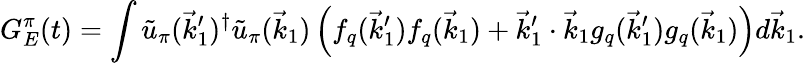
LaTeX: G_{E}^{\pi}(t)=\int\tilde{u}_{\pi}(\vec{k}_{1}^{\prime})^{\dagger}\tilde{u}_{\pi}(\vec{k}_{1})\left(f_{q}(\vec{k}_{1}^{\prime})f_{q}(\vec{k}_{1})+\vec{k}_{1}^{\prime}\cdot\vec{k}_{1}g_{q}(\vec{k}_{1}^{\prime})g_{q}(\vec{k}_{1})\right)d\vec{k}_{1}.